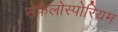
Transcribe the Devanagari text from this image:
सेफैलोस्पोरियम